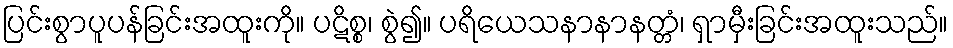
ပြင်းစွာပူပန်ခြင်းအထူးကို။ ပဋိစ္စ၊ စွဲ၍။ ပရိယေသနာနာနတ္တံ၊ ရှာမှီးခြင်းအထူးသည်။